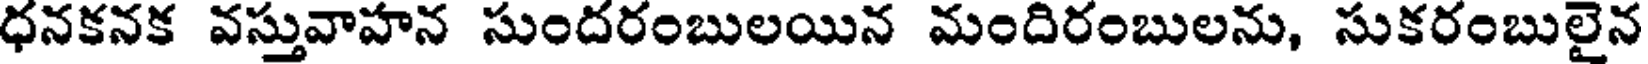
ధనకనక వస్తువాహన సుందరంబులయిన మందిరంబులను, సుకరంబులైన